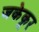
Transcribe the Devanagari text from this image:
जकेकूर